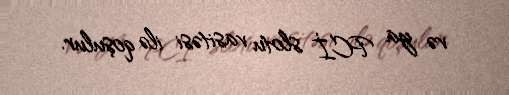
və ya PCİ slotu vasitəsi ilə qoşulur.